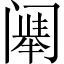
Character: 𬮷